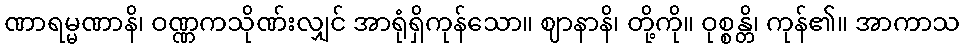
ဏာရမ္မဏာနိ၊ ဝဏ္ဏကသိုဏ်းလျှင် အာရုံရှိကုန်သော။ ဈာနာနိ၊ တို့ကို။ ဝုစ္စန္တိ၊ ကုန်၏။ အာကာသ